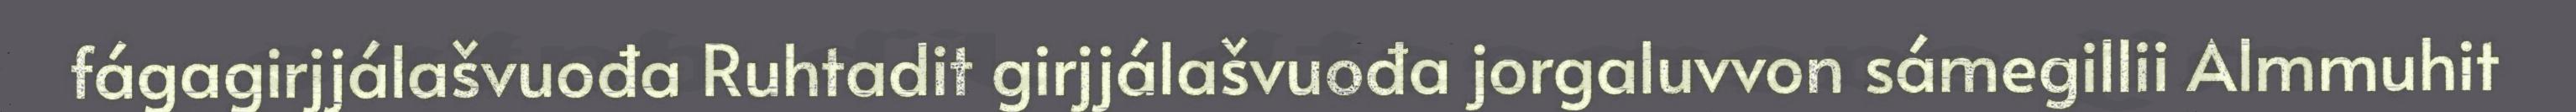
fágagirjjálašvuođa Ruhtadit girjjálašvuođa jorgaluvvon sámegillii Almmuhit